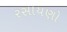
રસાયણો